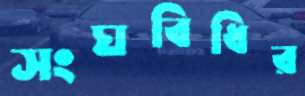
সংঘবিধির